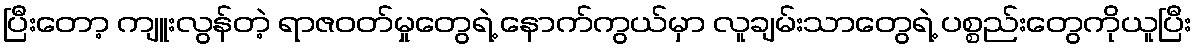
ပြီးတော့ ကျူးလွန်တဲ့ ရာဇဝတ်မှုတွေရဲ့ နောက်ကွယ်မှာ လူချမ်းသာတွေရဲ့ ပစ္စည်းတွေကိုယူပြီး